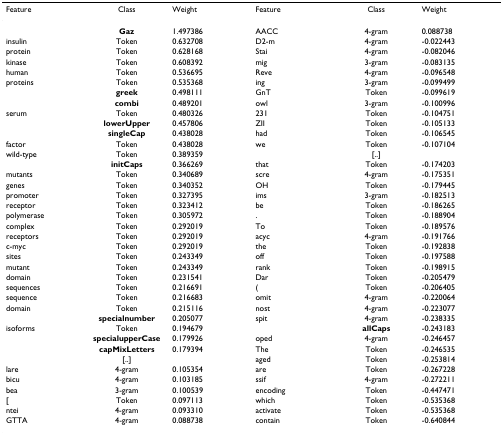
<table><thead><tr><td><b>Feature</b></td><td><b>Class</b></td><td><b>Weight</b></td><td><b>Feature</b></td><td><b>Class</b></td><td><b>Weight</b></td></tr></thead><tbody><tr><td></td><td><b>Gaz</b></td><td>1.497386</td><td>AACC</td><td>4-gram</td><td>0.088738</td></tr><tr><td>insulin</td><td>Token</td><td>0.632708</td><td>D2-m</td><td>4-gram</td><td>-0.022443</td></tr><tr><td>protein</td><td>Token</td><td>0.628168</td><td>Stai</td><td>4-gram</td><td>-0.082046</td></tr><tr><td>kinase</td><td>Token</td><td>0.608392</td><td>mig</td><td>3-gram</td><td>-0.083135</td></tr><tr><td>human</td><td>Token</td><td>0.536695</td><td>Reve</td><td>4-gram</td><td>-0.096548</td></tr><tr><td>proteins</td><td>Token</td><td>0.535368</td><td>ing</td><td>3-gram</td><td>-0.099499</td></tr><tr><td></td><td><b>greek</b></td><td>0.498111</td><td>GnT</td><td>Token</td><td>-0.099619</td></tr><tr><td></td><td><b>combi</b></td><td>0.489201</td><td>owl</td><td>3-gram</td><td>-0.100996</td></tr><tr><td>serum</td><td>Token</td><td>0.480326</td><td>231</td><td>Token</td><td>-0.104751</td></tr><tr><td></td><td><b>lowerUpper</b></td><td>0.457806</td><td>ZII</td><td>Token</td><td>-0.105133</td></tr><tr><td></td><td><b>singleCap</b></td><td>0.438028</td><td>had</td><td>Token</td><td>-0.106545</td></tr><tr><td>factor</td><td>Token</td><td>0.438028</td><td>we</td><td>Token</td><td>-0.107104</td></tr><tr><td>wild-type</td><td>Token</td><td>0.389359</td><td></td><td>[..]</td><td></td></tr><tr><td></td><td><b>initCaps</b></td><td>0.366269</td><td>that</td><td>Token</td><td>-0.174203</td></tr><tr><td>mutants</td><td>Token</td><td>0.340689</td><td>scre</td><td>4-gram</td><td>-0.175351</td></tr><tr><td>genes</td><td>Token</td><td>0.340352</td><td>OH</td><td>Token</td><td>-0.179445</td></tr><tr><td>promoter</td><td>Token</td><td>0.327395</td><td>ims</td><td>3-gram</td><td>-0.182513</td></tr><tr><td>receptor</td><td>Token</td><td>0.323412</td><td>be</td><td>Token</td><td>-0.186265</td></tr><tr><td>polymerase</td><td>Token</td><td>0.305972</td><td>.</td><td>Token</td><td>-0.188904</td></tr><tr><td>complex</td><td>Token</td><td>0.292019</td><td>To</td><td>Token</td><td>-0.189576</td></tr><tr><td>receptors</td><td>Token</td><td>0.292019</td><td>acyc</td><td>4-gram</td><td>-0.191766</td></tr><tr><td>c-myc</td><td>Token</td><td>0.292019</td><td>the</td><td>Token</td><td>-0.192838</td></tr><tr><td>sites</td><td>Token</td><td>0.243349</td><td>off</td><td>Token</td><td>-0.197588</td></tr><tr><td>mutant</td><td>Token</td><td>0.243349</td><td>rank</td><td>Token</td><td>-0.198915</td></tr><tr><td>domain</td><td>Token</td><td>0.231541</td><td>Dar</td><td>Token</td><td>-0.205479</td></tr><tr><td>sequences</td><td>Token</td><td>0.216691</td><td>(</td><td>Token</td><td>-0.206405</td></tr><tr><td>sequence</td><td>Token</td><td>0.216683</td><td>omit</td><td>4-gram</td><td>-0.220064</td></tr><tr><td>domain</td><td>Token</td><td>0.215116</td><td>nost</td><td>4-gram</td><td>-0.223077</td></tr><tr><td></td><td><b>specialnumber</b></td><td>0.205077</td><td>spit</td><td>4-gram</td><td>-0.238335</td></tr><tr><td>isoforms</td><td>Token</td><td>0.194679</td><td></td><td><b>allCaps</b></td><td>-0.243183</td></tr><tr><td></td><td><b>specialupperCase</b></td><td>0.179926</td><td>oped</td><td>4-gram</td><td>-0.246457</td></tr><tr><td></td><td><b>capMixLetters</b></td><td>0.179394</td><td>The</td><td>Token</td><td>-0.246535</td></tr><tr><td></td><td>[..]</td><td></td><td>aged</td><td>Token</td><td>-0.253814</td></tr><tr><td>lare</td><td>4-gram</td><td>0.105354</td><td>are</td><td>Token</td><td>-0.267228</td></tr><tr><td>bicu</td><td>4-gram</td><td>0.103185</td><td>ssif</td><td>4-gram</td><td>-0.272211</td></tr><tr><td>bea</td><td>3-gram</td><td>0.100539</td><td>encoding</td><td>Token</td><td>-0.447471</td></tr><tr><td>[</td><td>Token</td><td>0.097113</td><td>which</td><td>Token</td><td>-0.535368</td></tr><tr><td>ntei</td><td>4-gram</td><td>0.093310</td><td>activate</td><td>Token</td><td>-0.535368</td></tr><tr><td>GTTA</td><td>4-gram</td><td>0.088738</td><td>contain</td><td>Token</td><td>-0.640844</td></tr></tbody></table>